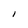
Character: 1